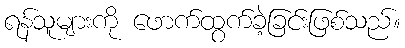
ရန်သူများကို ဖောက်ထွက်ခဲ့ခြင်းဖြစ်သည်။